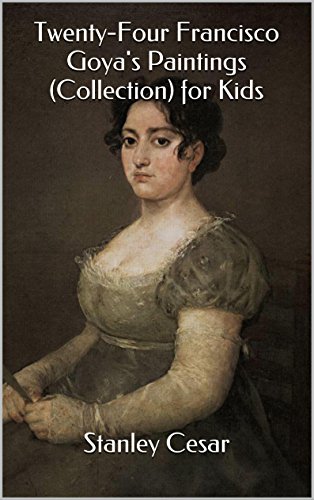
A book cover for Twenty-Four Francisco Goya's Paintings (Collection) for Kids; Stanley Cesar; Sports & Outdoors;